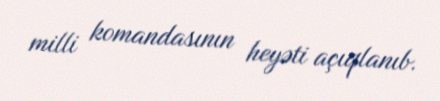
milli komandasının heyəti açıqlanıb.